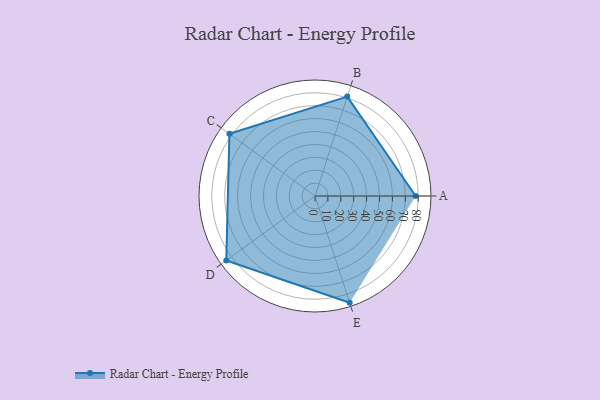
{"axis": {"x": "Skill", "y": "Score"}, "legend": ["Profile"], "data": [{"x": "A", "y": 78.0, "type": "Profile"}, {"x": "B", "y": 81.0, "type": "Profile"}, {"x": "C", "y": 82.0, "type": "Profile"}, {"x": "D", "y": 85.0, "type": "Profile"}, {"x": "E", "y": 87.0, "type": "Profile"}]}